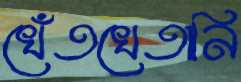
খেঁতখেতানি